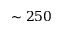
\sim 2 5 0